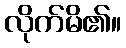
လိုက်မိ၏။